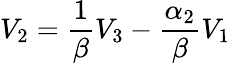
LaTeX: V_{2}=\frac{1}{\beta}V_{3}-\frac{\alpha_{2}}{\beta}V_{1}